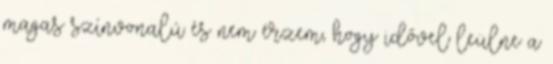
magas színvonalú és nem érzem, hogy idővel leülne a